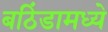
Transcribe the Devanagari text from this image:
बठिंडामध्ये